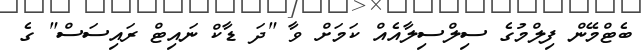
ބެޓްމޭން ފިލްމުގެ ސިލްސިލާއެއް ކަމަށް ވާ "ދަ ޑާކް ނައިޓް ރައިސަސް" ގެ